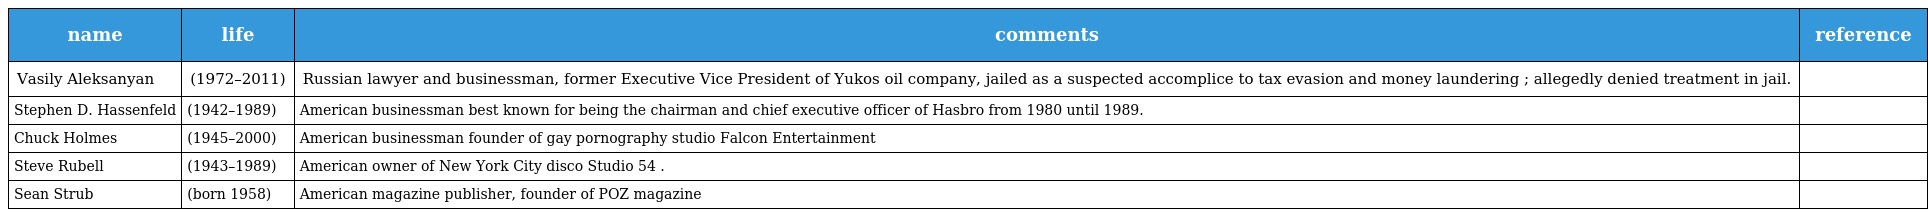
| name | life | comments | reference |
 | --- | --- | --- | --- |
 | Vasily Aleksanyan | (1972–2011) | Russian lawyer and businessman, former Executive Vice President of Yukos oil company, jailed as a suspected accomplice to tax evasion and money laundering ; allegedly denied treatment in jail. |  |
 | Stephen D. Hassenfeld | (1942–1989) | American businessman best known for being the chairman and chief executive officer of Hasbro from 1980 until 1989. |  |
 | Chuck Holmes | (1945–2000) | American businessman founder of gay pornography studio Falcon Entertainment |  |
 | Steve Rubell | (1943–1989) | American owner of New York City disco Studio 54 . |  |
 | Sean Strub | (born 1958) | American magazine publisher, founder of POZ magazine |  |